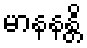
မာနနန္တိ